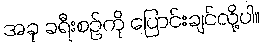
အခု ခရီးစဉ်ကို ပြောင်းချင်လို့ပါ။